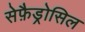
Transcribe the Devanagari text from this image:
सेफ़ैड्रोसिल